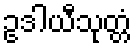
ဥဒါယီသုတ္တံ